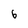
Character: 6